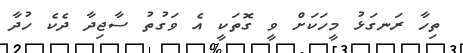
ތިހާ ރަނގަޅު މީހަކަށް ވީ ގޮތަކީ އެ ވަގުތު ސާޖިދާ ދެކެ ހުދާ